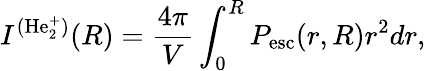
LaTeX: I^{(\mathrm{He_{2}^{+}})}(R)=\frac{4\pi}{V}\int_{0}^{R}P_{\mathrm{esc}}(r,R)r^{2}dr,